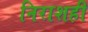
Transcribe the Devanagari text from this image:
निराशही